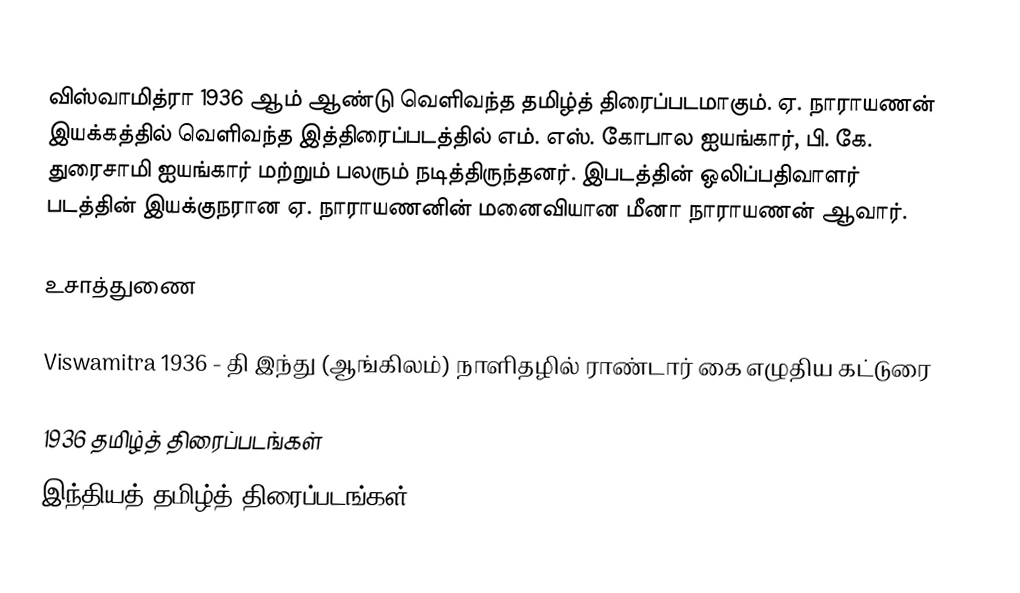
விஸ்வாமித்ரா 1936 ஆம் ஆண்டு வெளிவந்த தமிழ்த் திரைப்படமாகும். ஏ. நாராயணன் இயக்கத்தில் வெளிவந்த இத்திரைப்படத்தில் எம். எஸ். கோபால ஐயங்கார், பி. கே. துரைசாமி ஐயங்கார் மற்றும் பலரும் நடித்திருந்தனர். இபடத்தின் ஒலிப்பதிவாளர் படத்தின் இயக்குநரான ஏ. நாராயணனின் மனைவியான மீனா நாராயணன் ஆவார்.

உசாத்துணை

Viswamitra 1936 - தி இந்து (ஆங்கிலம்) நாளிதழில் ராண்டார் கை எழுதிய கட்டுரை

1936 தமிழ்த் திரைப்படங்கள்
இந்தியத் தமிழ்த் திரைப்படங்கள்